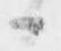
候